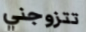
تتزوجني